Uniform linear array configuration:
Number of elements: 32
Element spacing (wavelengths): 1
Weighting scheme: exponential
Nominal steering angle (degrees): -30
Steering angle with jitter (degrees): -30.678
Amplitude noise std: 0.05
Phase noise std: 0.05

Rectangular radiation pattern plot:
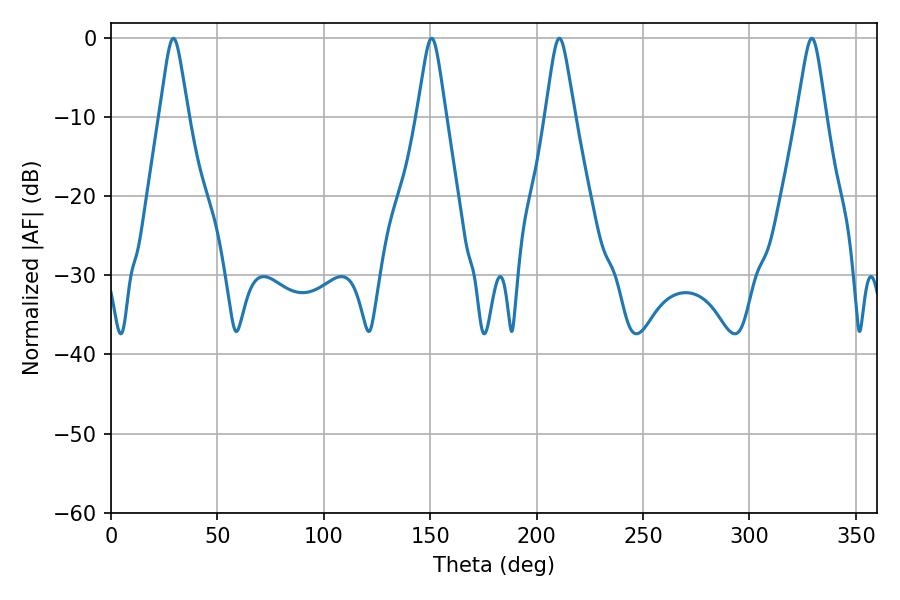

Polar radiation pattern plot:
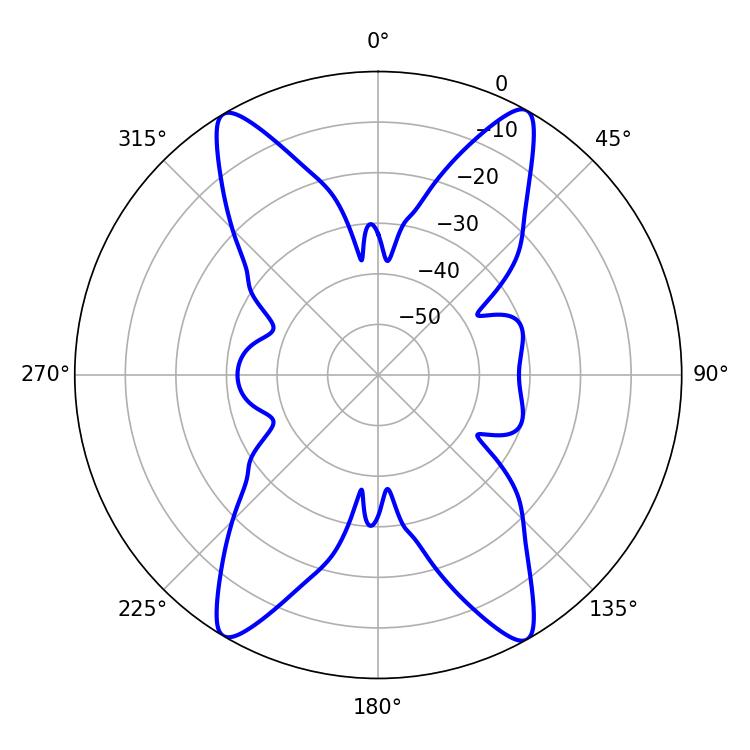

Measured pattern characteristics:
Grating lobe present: TRUE
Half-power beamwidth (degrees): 6.48
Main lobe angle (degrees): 150.66